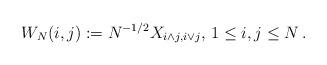
LaTeX: \begin{align*}W_N(i,j):=N^{-1/2}X_{i\wedge j,i\vee j},\,1\le i,j\le N\,.\end{align*}